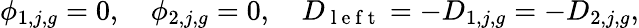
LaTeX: \phi_{1,j,g}=0,\quad\phi_{2,j,g}=0,\quad D_{\mathrm{~l~e~f~t~}}=-D_{1,j,g}=-D_{2,j,g},